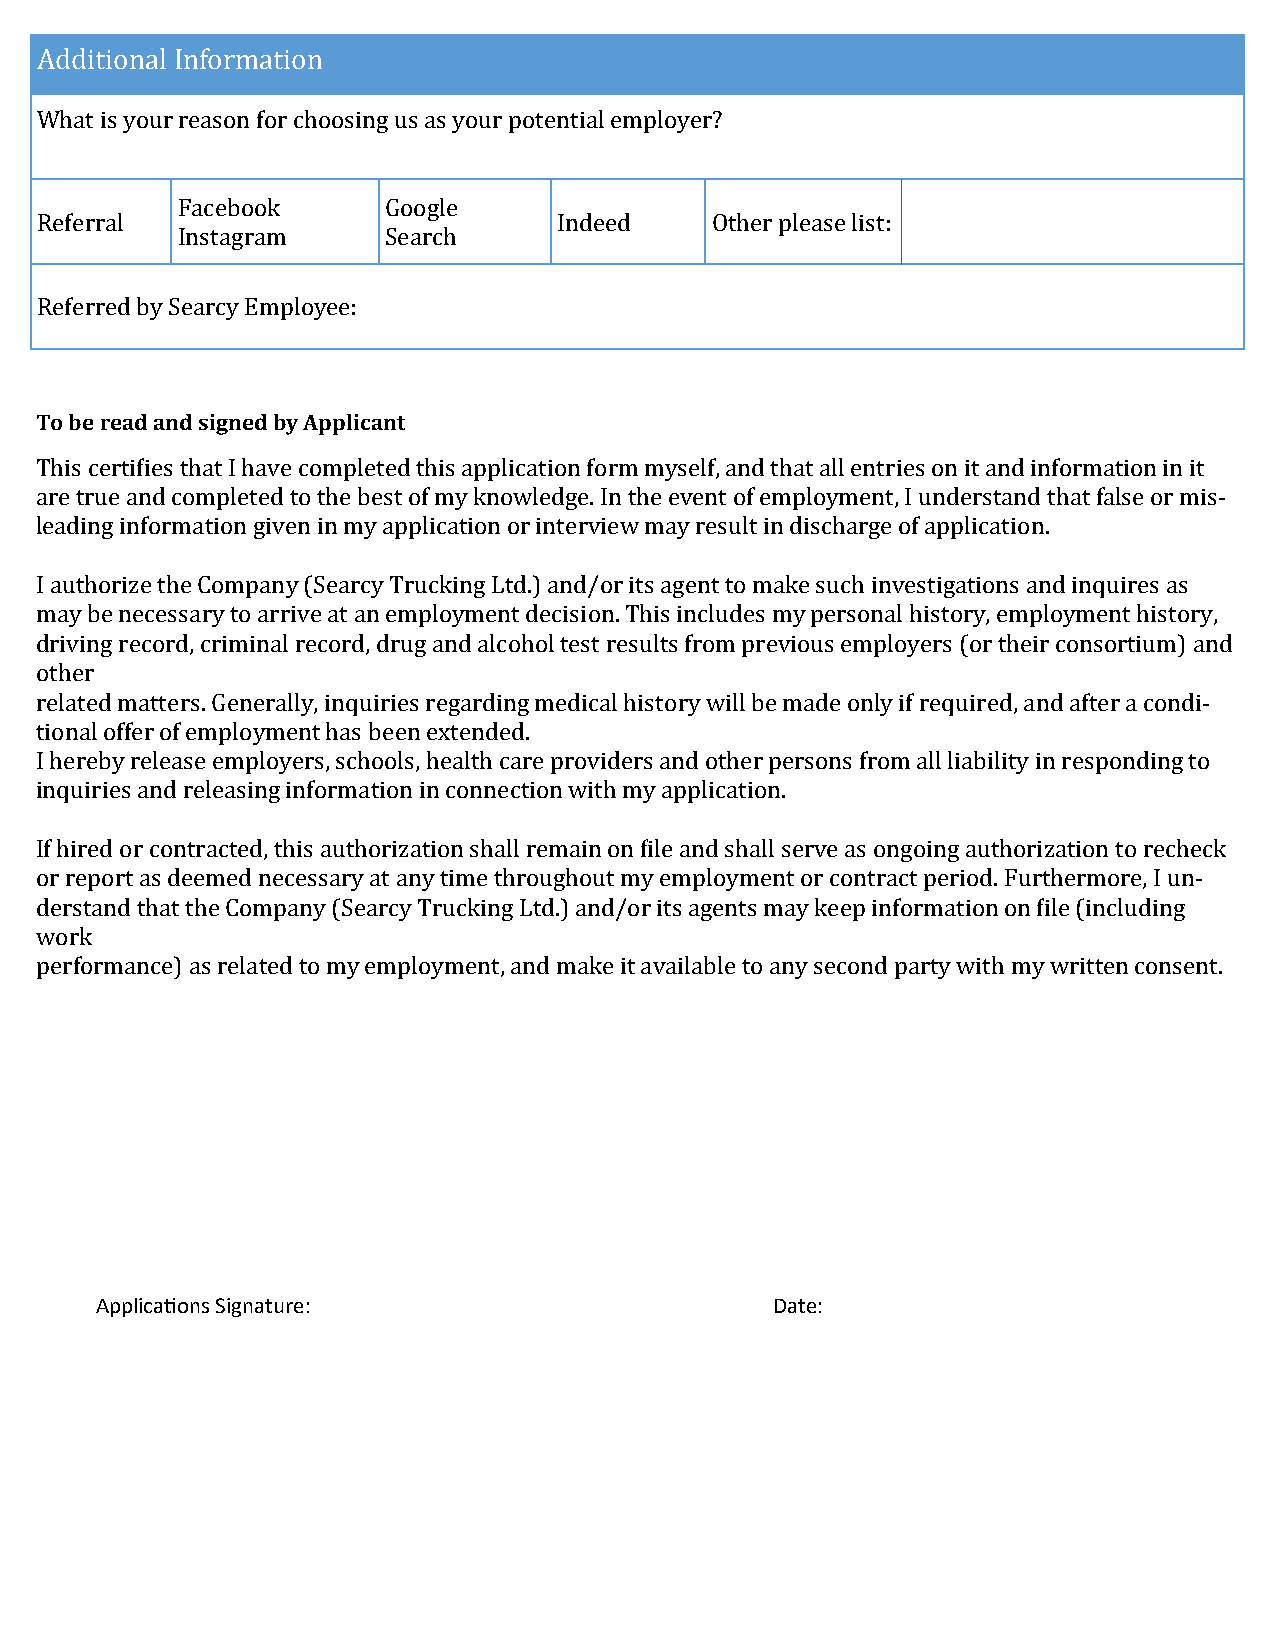
Additional Information
 What is your reason for choosing us as your potential employer?
 Facebook     Google
 Referral                           Indeed    Other please list:
 Instagram    Search
 Referred by Searcy Employee:
 To be read and signed by Applicant
 This certifies that I have completed this application form myself, and that all entries on it and information in it
 are true and completed to the best of my knowledge. In the event of employment, I understand that false or mis-
 leading information given in my application or interview may result in discharge of application.
 I authorize the Company (Searcy Trucking Ltd.) and/or its agent to make such investigations and inquires as
 may be necessary to arrive at an employment decision. This includes my personal history, employment history,
 driving record, criminal record, drug and alcohol test results from previous employers (or their consortium) and
 other
 related matters. Generally, inquiries regarding medical history will be made only if required, and after a condi-
 tional offer of employment has been extended.
 I hereby release employers, schools, health care providers and other persons from all liability in responding to
 inquiries and releasing information in connection with my application.
 If hired or contracted, this authorization shall remain on file and shall serve as ongoing authorization to recheck
 or report as deemed necessary at any time throughout my employment or contract period. Furthermore, I un-
 derstand that the Company (Searcy Trucking Ltd.) and/or its agents may keep information on file (including
 work
 performance) as related to my employment, and make it available to any second party with my written consent.
 Applications Signature:                      Date: